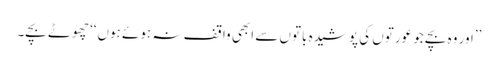
’’اور وہ بچے جو عورتوں کی پوشیدہ باتوں سے ابھی واقف نہ ہوئے ہوں‘‘ چھوٹے بچے۔